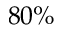
8 0 \%